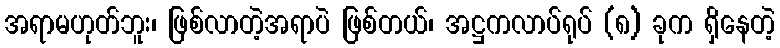
အရာမဟုတ်ဘူး၊ ဖြစ်လာတဲ့အရာပဲ ဖြစ်တယ်၊ အဋ္ဌကလာပ်ရုပ် (၈) ခုက ရှိနေတဲ့